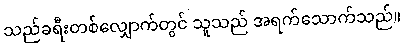
သည်ခရီးတစ်လျှောက်တွင် သူသည် အရက်သောက်သည်။